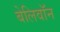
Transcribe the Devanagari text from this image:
बेलिवॉन